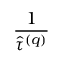
\frac { 1 } { \widehat { \tau } ^ { \left( q \right) } }